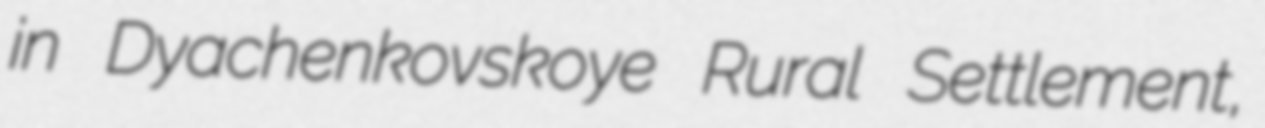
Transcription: in Dyachenkovskoye Rural Settlement,